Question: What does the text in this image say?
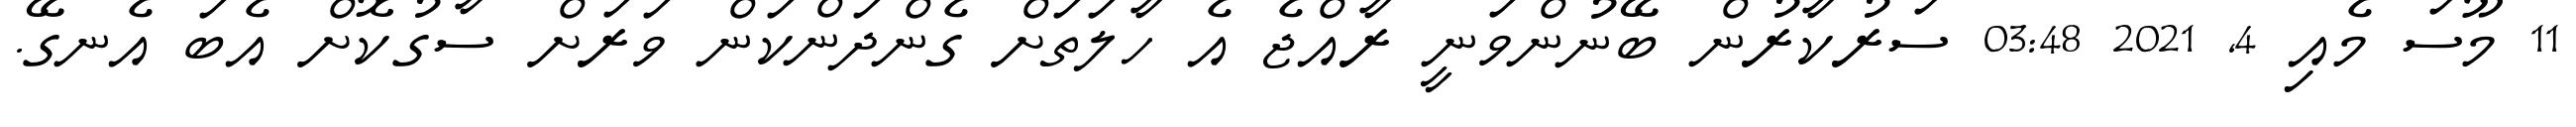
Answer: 11 މޫސަ މެއި 4, 2021 03:48 ސަރުކާރުން ބޭނުންވަނީ ރާއްޖެ އެ ހާލަތަށް ގެންދަންކަން ވަރަށް ސާގުކޮށް އެބަ އެނގޭ.